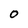
Character: O